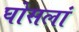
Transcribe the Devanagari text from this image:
घोसलां